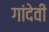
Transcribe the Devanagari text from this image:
गांदेवी